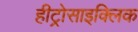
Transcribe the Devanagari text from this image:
हीट्रोसाइक्लिक